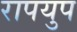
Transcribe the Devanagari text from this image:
रापयुप